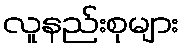
လူနည်းစုများ